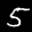
Label: 5